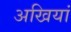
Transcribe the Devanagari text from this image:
अखियां